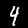
Digit: 4